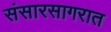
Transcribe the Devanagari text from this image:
संसारसागरात